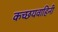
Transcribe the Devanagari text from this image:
कच्छयवाहिनी